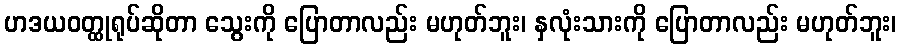
ဟဒယဝတ္ထုရုပ်ဆိုတာ သွေးကို ပြောတာလည်း မဟုတ်ဘူး၊ နှလုံးသားကို ပြောတာလည်း မဟုတ်ဘူး၊